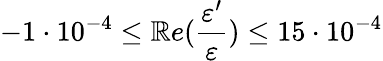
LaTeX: -1\cdot10^{-4}\leq\mathbb{R}e(\frac{{\varepsilon^{\prime}}}{{\varepsilon}})\leq15\cdot10^{-4}